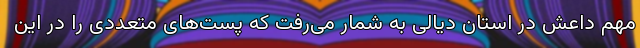
مهم داعش در استان دیالی به شمار می‌رفت که پست‌های متعددی را در این